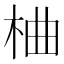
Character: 𪲇